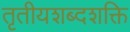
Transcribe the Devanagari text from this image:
तृतीयशब्दशक्ति